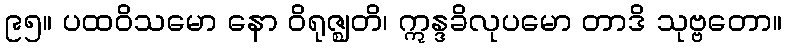
၉၅။ ပထဝိသမော နော ဝိရုဇ္ဈတိ၊ ဣန္ဒခိလုပမော တာဒိ သုဗ္ဗတော။